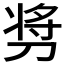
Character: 𫦋